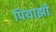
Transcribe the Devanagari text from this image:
पियाझी